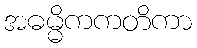
အဓမ္မိကကတိကာ